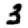
Digit: 3